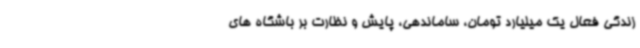
زندگی فعال یک میلیارد تومان، ساماندهی، پایش و نظارت بر باشگاه های